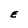
Character: E